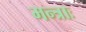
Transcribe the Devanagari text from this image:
मन्त्राः